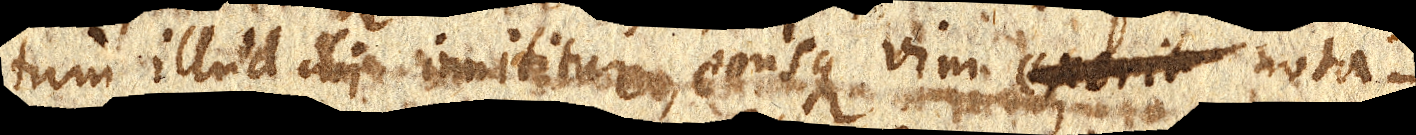
tum illud alii inititur, eousque vim exerit nota–